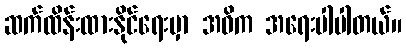
ဆက်ထိန်းထားနိုင်ရေးမှာ အဓိက အရေးပါပါတယ်။